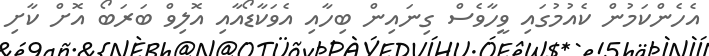
އެހެންކަމުން ކެއުމުގައި ވީހާވެސް ގިނައިން ބިހާއި އެވަކާޑޯއާއި އޮލިވް ބަރަބޯ އޮށް ކާށި